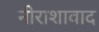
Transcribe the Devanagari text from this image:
नीराशावाद